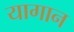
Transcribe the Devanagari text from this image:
यागान